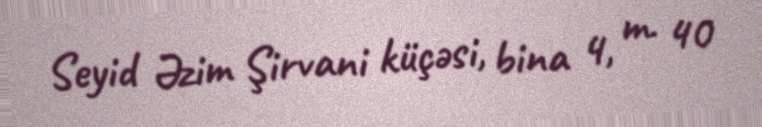
Seyid Əzim Şirvani küçəsi, bina 4, m. 40